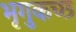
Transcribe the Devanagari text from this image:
भृगुकच्छ